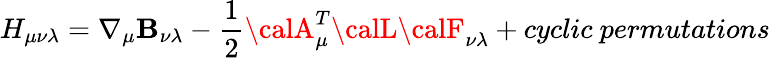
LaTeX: {H}_{\mu\nu\lambda}=\nabla_{\mu}{\mathbf{B}}_{\nu\lambda}-\frac{{1}}{{2}}{\calA}_{\mu}^{T}{\calL}{\calF}_{\nu\lambda}+cyclic~permutations